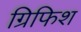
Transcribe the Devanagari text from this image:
ग्रिफिश